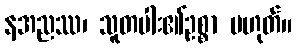
နအညဿ၊ သူတပါး၏ဥစ္စာ မဟုတ်။